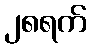
၂၈ရက်